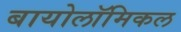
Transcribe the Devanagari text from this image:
बायोलॉमिकल